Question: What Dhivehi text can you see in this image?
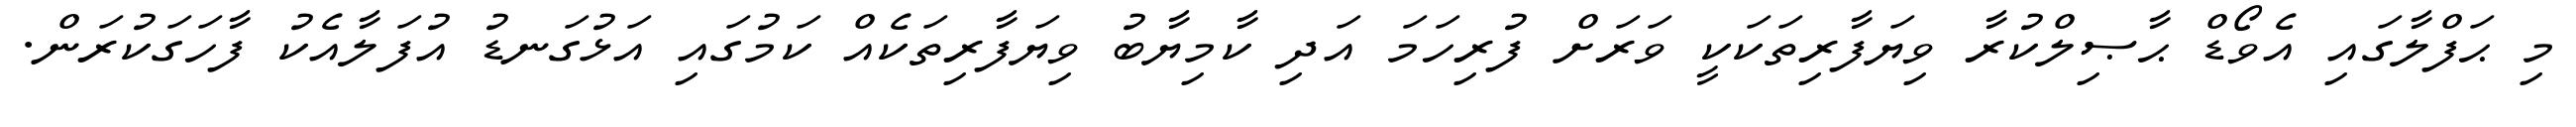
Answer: މި ޙަފްލާގައި އެވޯޑް ޙާޞިލްކުރާ ވިޔަފާރިތަކަކީ ވަރަށް ފުރިހަމަ އަދި ކާމިޔާބު ވިޔަފާރިތަކެއް ކަމުގައި އަޅުގަނޑު އުފަލާއެކު ފާހަގަކުރަން.